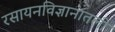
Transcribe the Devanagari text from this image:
रसायनविज्ञानातली